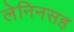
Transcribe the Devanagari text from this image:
लेनिनसह